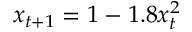
x _ { t + 1 } = 1 - 1 . 8 x _ { t } ^ { 2 }